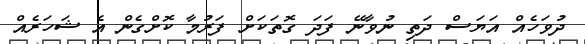
ދުވަހެއް އަޔަސް ދަތި ނުވާނޭ ފަދަ ގޮތަކަށް ފަރުމާ ކޮށްގެން އެ ޝަހަރެއް